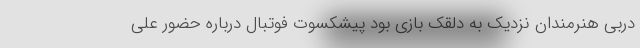
دربی هنرمندان نزدیک به دلقک بازی بود پیشکسوت فوتبال درباره حضور علی